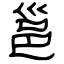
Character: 邕